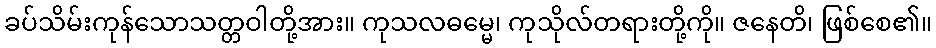
ခပ်သိမ်းကုန်သောသတ္တဝါတို့အား။ ကုသလဓမ္မေ၊ ကုသိုလ်တရားတို့ကို။ ဇနေတိ၊ ဖြစ်စေ၏။